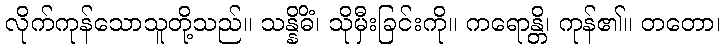
လိုက်ကုန်သောသူတို့သည်။ သန္နိဓိံ၊ သိုမှီးခြင်းကို။ ကရောန္တိ၊ ကုန်၏။ တတော၊